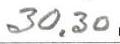
30,30